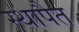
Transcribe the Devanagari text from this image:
स्थापैत